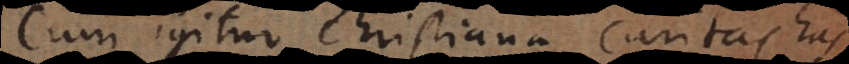
Cum igitur christiana caritas has